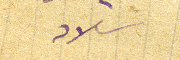
سلامه